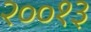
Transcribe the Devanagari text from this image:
२००१३